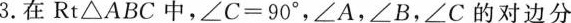
3.在Rt\bigtriangleupABC中，$$∠ C = 9 0 °$$ ，∠A，∠B，∠C的对边分